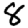
Digit: 8